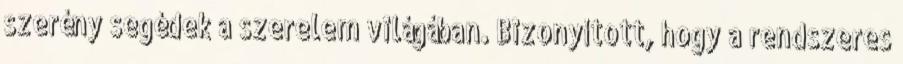
szerény segédek a szerelem világában. Bizonyított, hogy a rendszeres